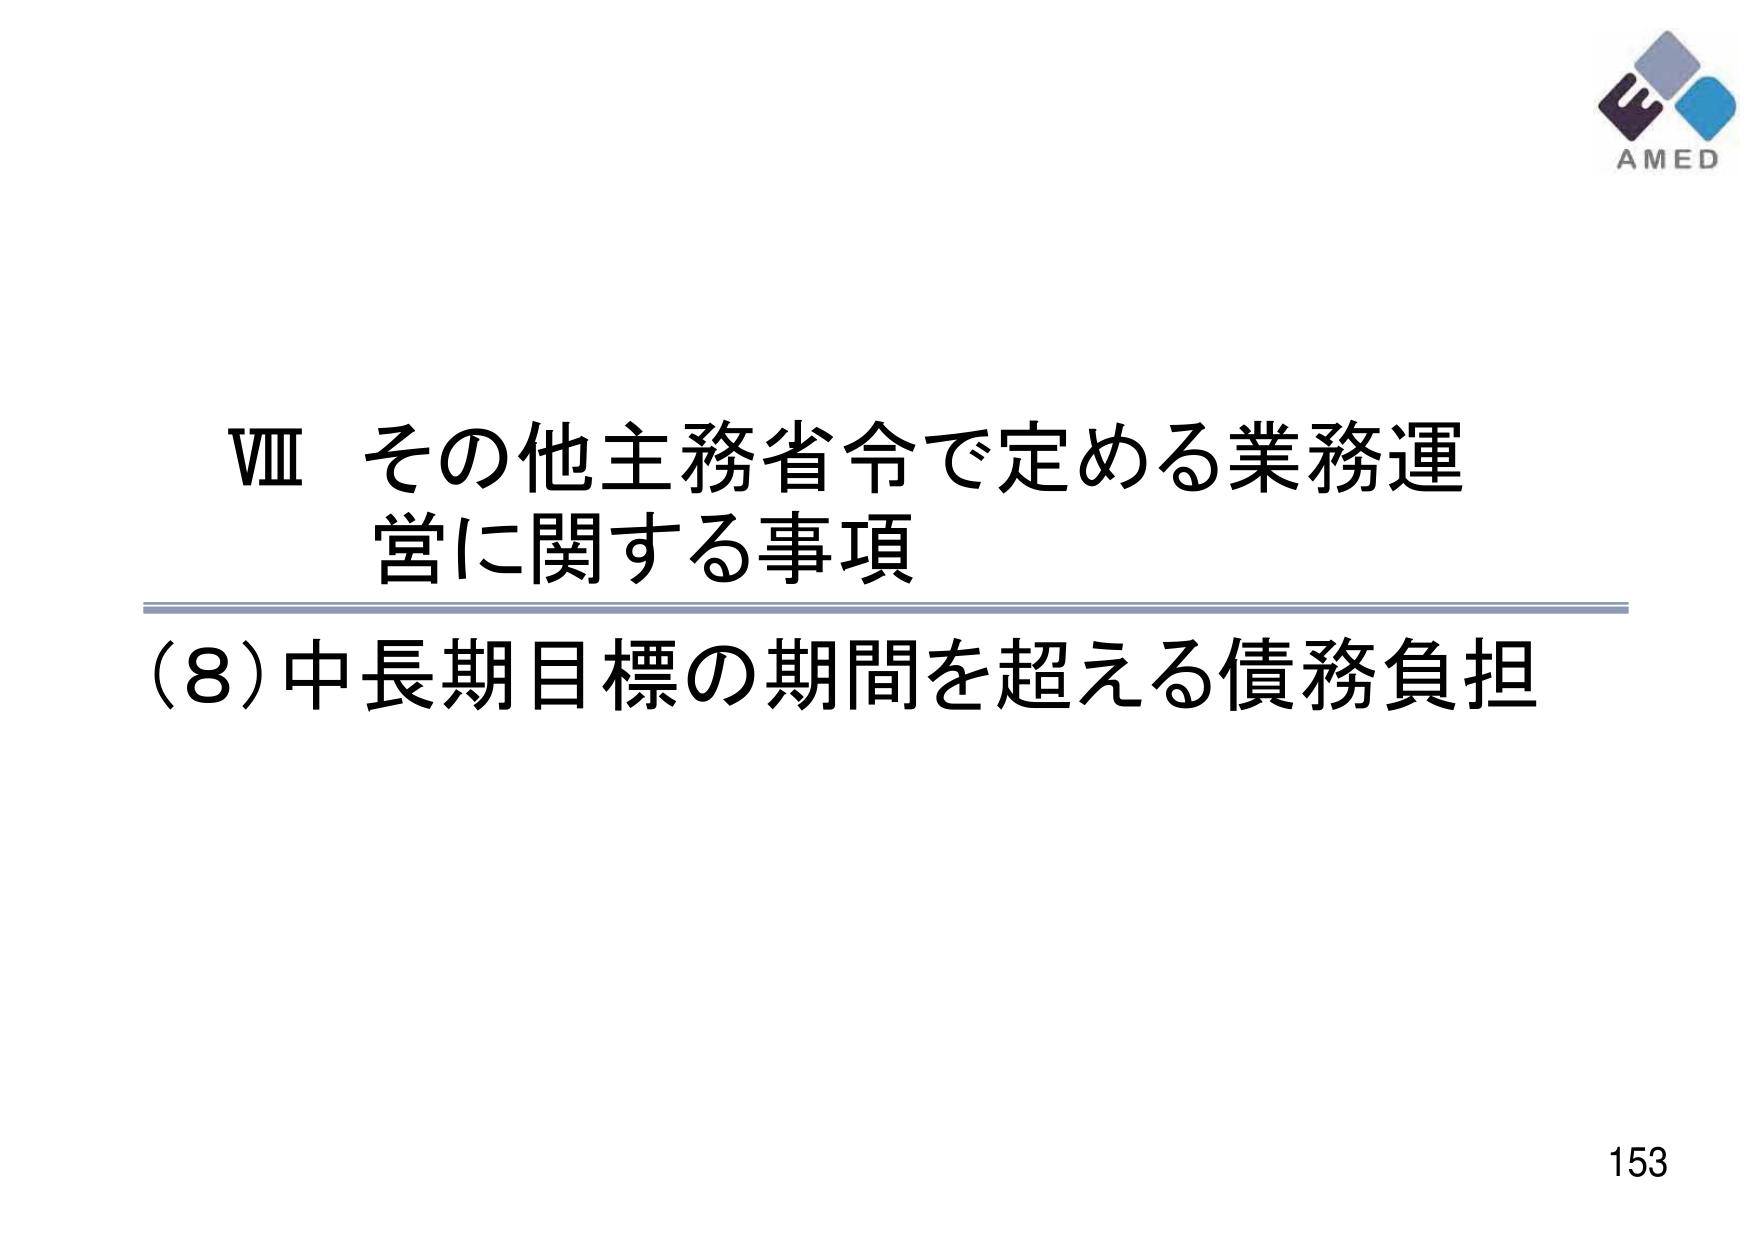
VIII その他主務省令で定める業務運営に関する事項
(8) 中長期目標の期間を超える債務負担
AMED
153